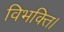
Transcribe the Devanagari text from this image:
विभक्ति।